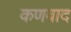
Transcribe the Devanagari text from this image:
कणवाद